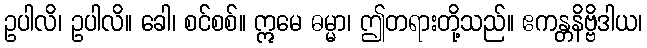
ဥပါလိ၊ ဥပါလိ။ ခေါ၊ စင်စစ်။ ဣမေ ဓမ္မာ၊ ဤတရားတို့သည်။ ဧကန္တနိဗ္ဗိဒါယ၊